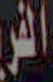
الفر